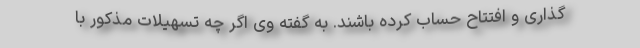
گذاری و افتتاح حساب کرده باشند. به گفته وی اگر چه تسهیلات مذکور با